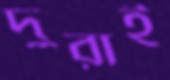
দুরাই